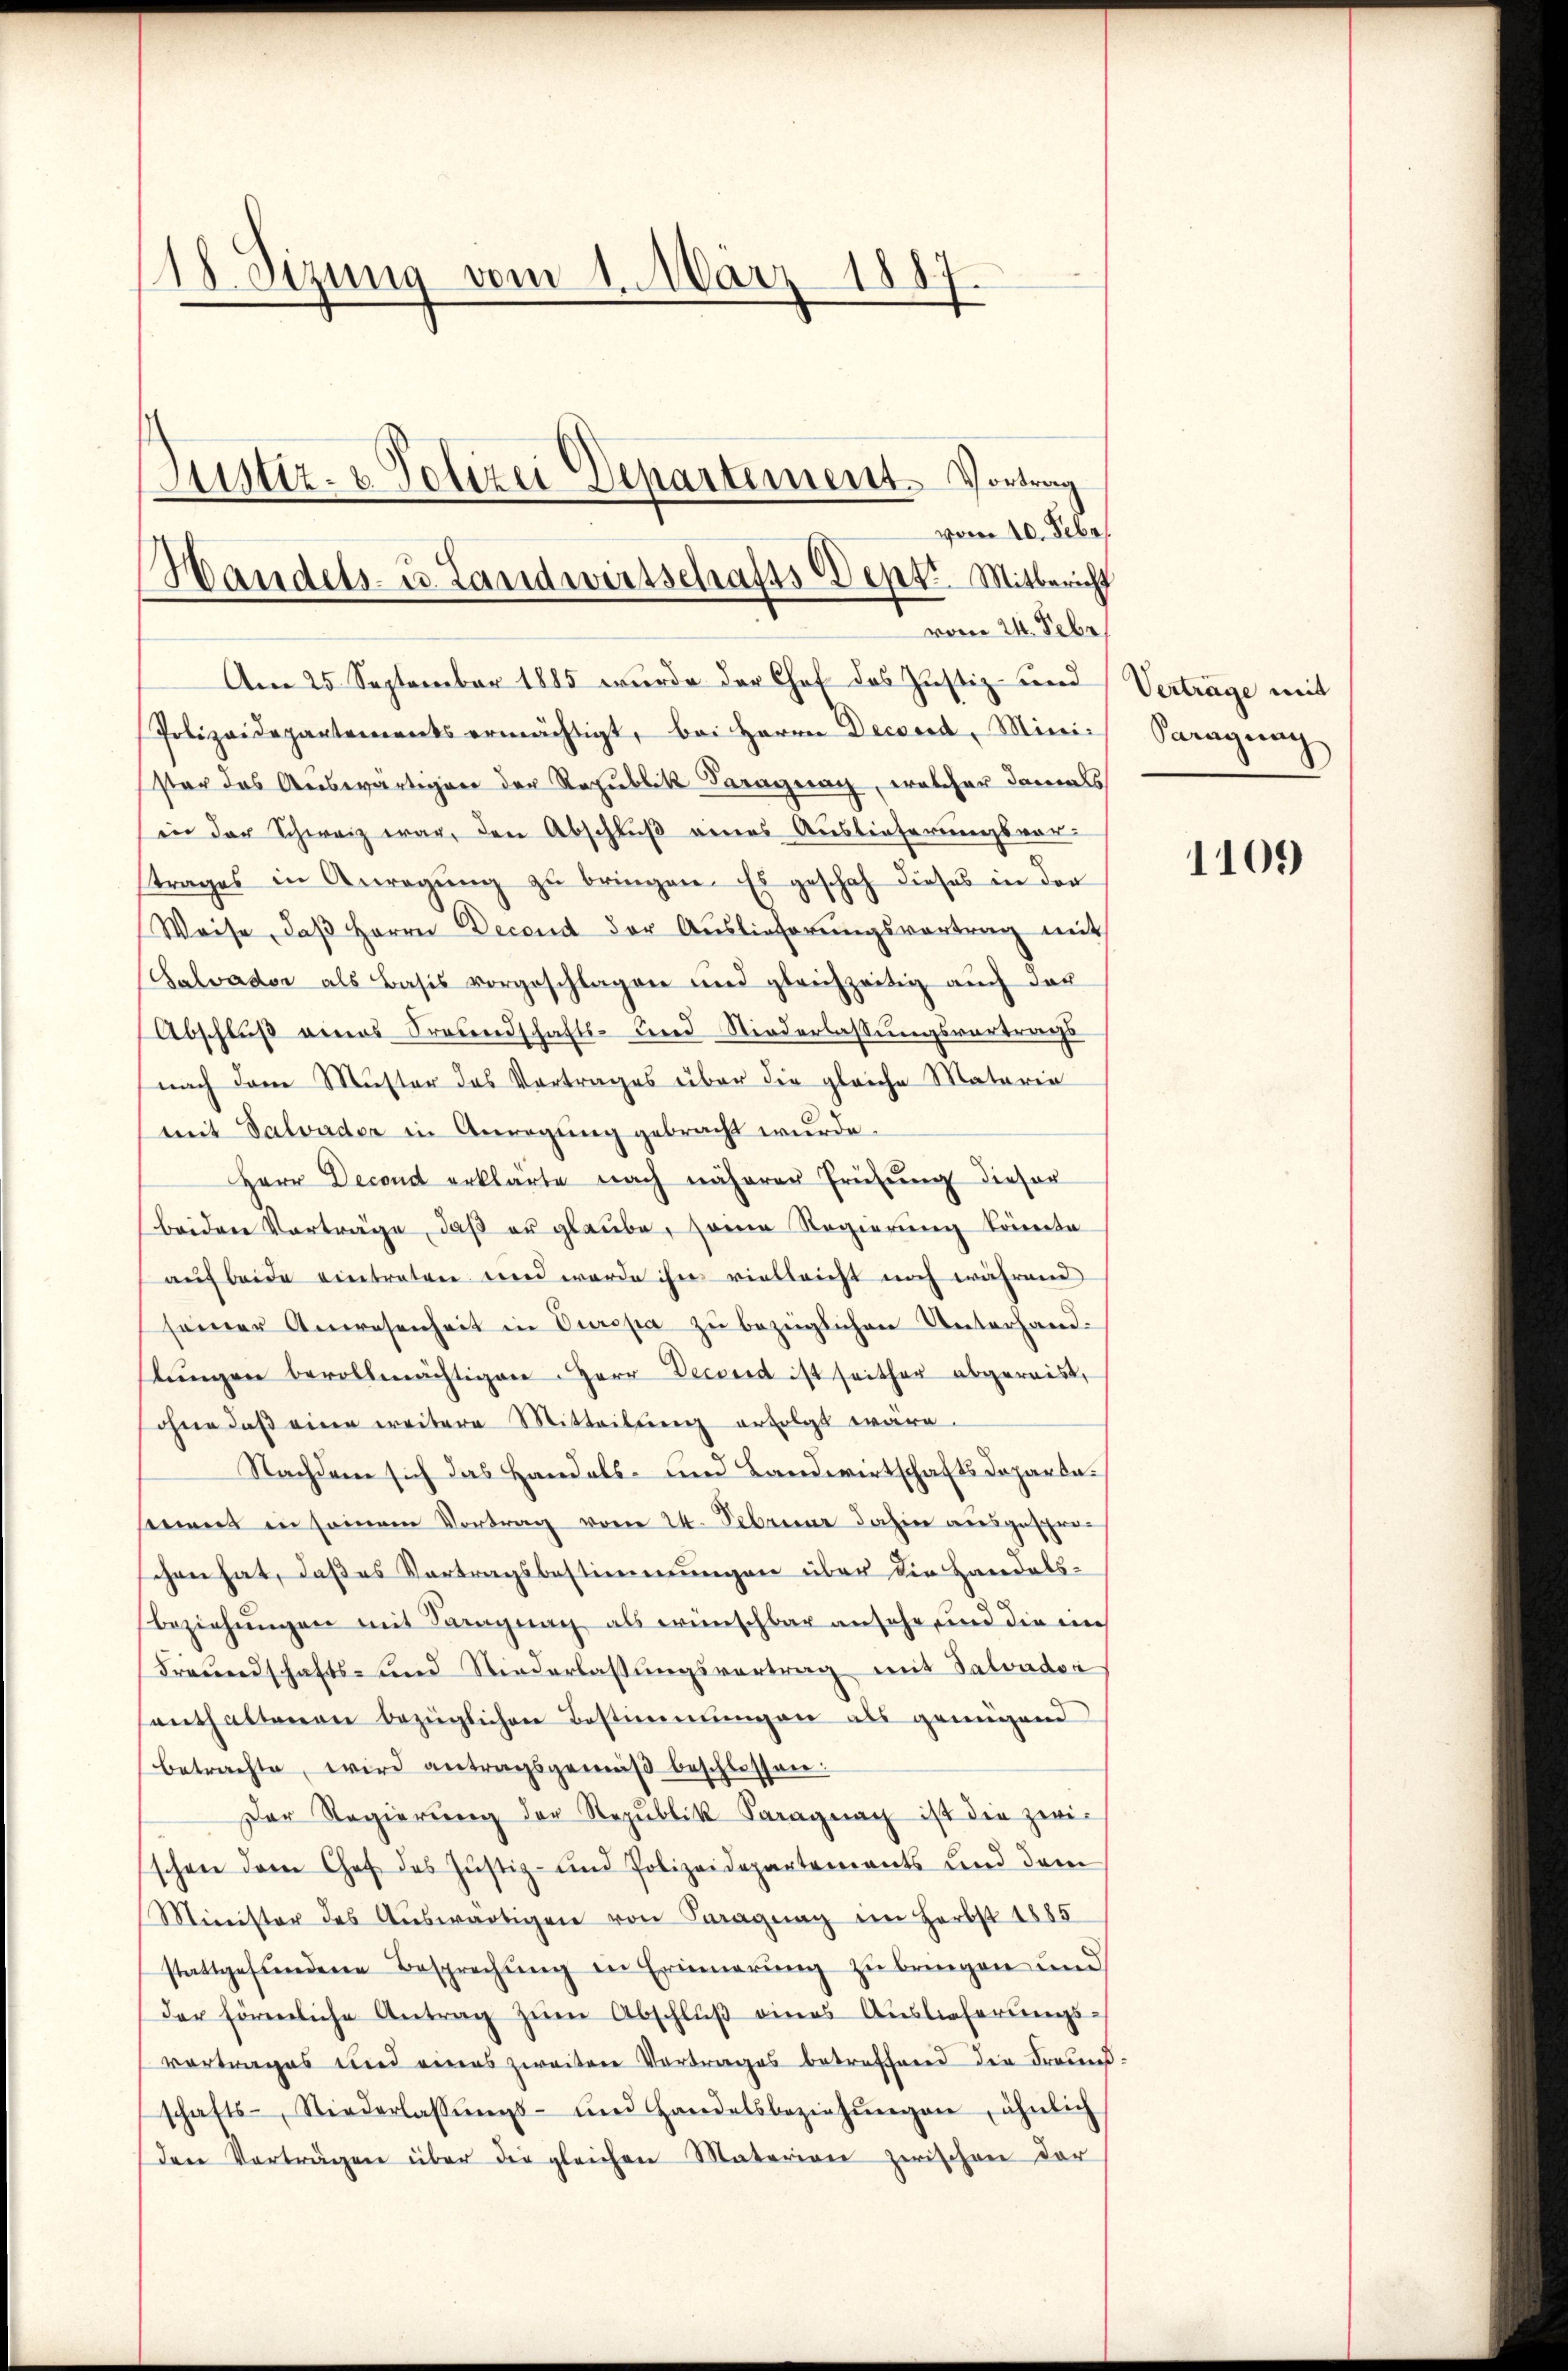
18. Sizung vom 1. März 1887
Justiz- & Polizei Departement. Vortrag

Am 25. September 1885 wurde der Chef das Justiz- und
Polizeidepartements ermächtigt, bei Herrn Decsend, Mini-
ster das Auswärtigen der Republik Beragrag, welcher damals
in der Schweiz war, den Abschluß eines Auslieferungsvor-
trages in Anregŭng zŭ bringen. Es geschah dieses in der
Weise, daβ Herrn Decond der Auslieferŭngsvertrag mit
Salvador als Basis vorgeschlagen und gleichzeitig auch das
Abschluß eines Freundschafts- und Niederlassungsvortrags
nach dem Muster das Vortrages über die gleiche Materia
mit Salvader in Anregung gebracht wurde.
Herr Decond erklärte nach näherer Frühung dieser
beiden Vorträge, daß er glaube, seine Regierung konnta
auf beide eintreten und wurde ihre vielleicht noch während
seiner Anwesenheit in Europa zŭ bezüglichen Unterhand-
lŭngen bevollmächtigen Herr Decsend ist seither abgereis,
ohne daβ eine weitere Mitteilŭng erfolgt wäre.
Nachdem sich das Handels- und Landwirtschafts Deparasees in seinem Vortrag vom 24. Februar dahin ausgesproschen hat, daß es Vertragsbestimmungen über die Handels-
Beziehŭngen mit Paragung als wünschbar ansehe und die in
Freundschafts- und Niederlassungsvortrag mit Salvador
enthaltenen bezüglichen Bestimmungen als genügend
betrachte, wird antragsgemäβ beschlossen:
Der Regierŭng der Republik Paragung ist die zwi-
schon dem Chef des Justiz- und Polizeidepartements und dem
Minister des Aŭswärtigen von Fragung im Herbst 1885
stattgefundene Besprechung in Erinnerung zu bringen und
der förmliche Antrag zŭm Abschlŭβ eines Auslieferŭngs-
vortrages und eines zweitere Vortrages betreffend die Freundschafts-, Niederlassŭngs- und Handelsbeziehŭngen, ähnlich
den Vorträgen über die gleichen Materian zwischen der

vom 10. Febr.
Handels- u. Landwirtschafts Sept. Mitbericht
vom 24. Febr.

Verträge mit
Paragung

1109